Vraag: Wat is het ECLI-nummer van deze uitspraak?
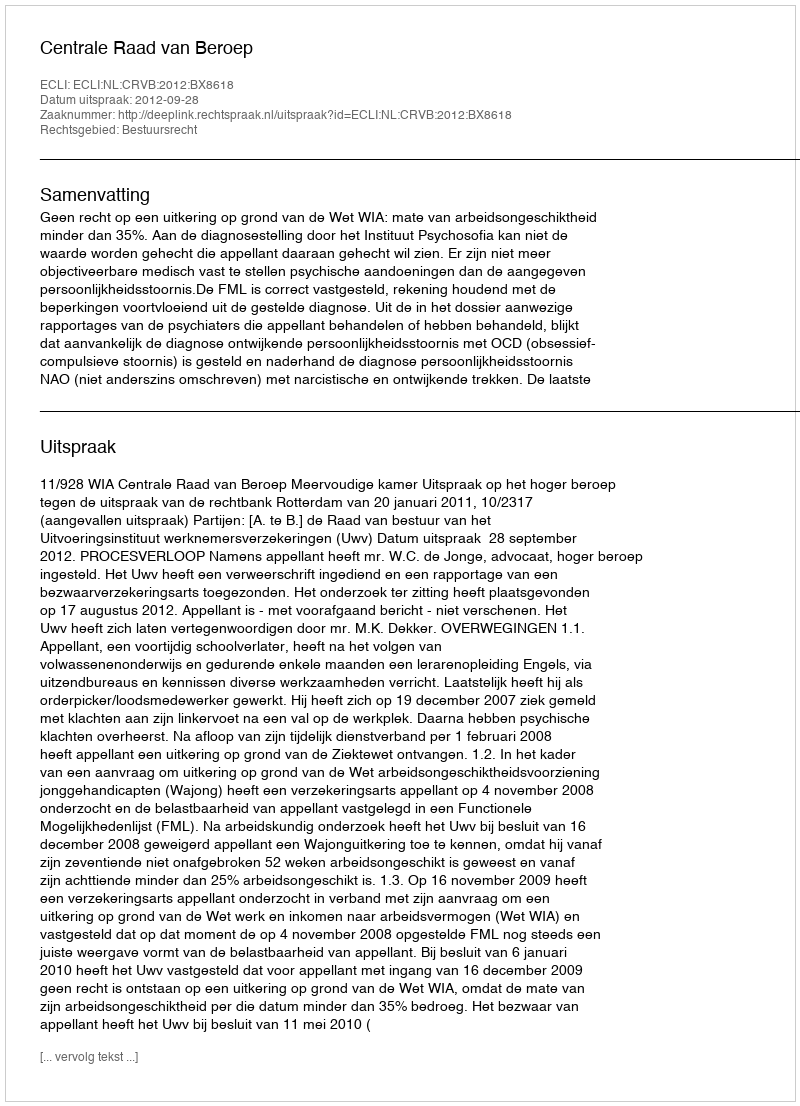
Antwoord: ECLI:NL:CRVB:2012:BX8618